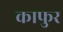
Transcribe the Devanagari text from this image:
काफुर